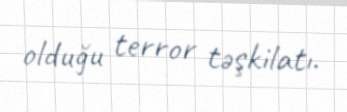
olduğu terror təşkilatı.